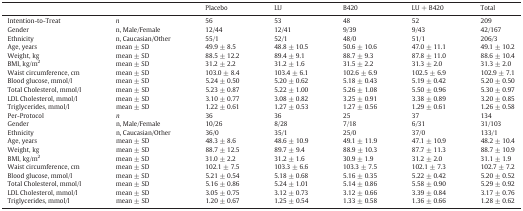
<table><thead><tr><td></td><td></td><td><b>Placebo</b></td><td><b>LU</b></td><td><b>B420</b></td><td><b>LU + B420</b></td><td><b>Total</b></td></tr></thead><tbody><tr><td>Intention-to-Treat</td><td><i>n</i></td><td>56</td><td>53</td><td>48</td><td>52</td><td>209</td></tr><tr><td>Gender</td><td>n, Male/Female</td><td>12/44</td><td>12/41</td><td>9/39</td><td>9/43</td><td>42/167</td></tr><tr><td>Ethnicity</td><td>n, Caucasian/Other</td><td>55/1</td><td>52/1</td><td>48/0</td><td>51/1</td><td>206/3</td></tr><tr><td>Age, years</td><td>mean ± SD</td><td>49.9 ± 8.5</td><td>48.8 ± 10.5</td><td>50.6 ± 10.6</td><td>47.0 ± 11.1</td><td>49.1 ± 10.2</td></tr><tr><td>Weight, kg</td><td>mean ± SD</td><td>88.5 ± 12.2</td><td>89.4 ± 9.1</td><td>88.7 ± 9.3</td><td>87.8 ± 11.0</td><td>88.6 ± 10.4</td></tr><tr><td>BMI, kg/m<sup>2</sup></td><td>mean ± SD</td><td>31.2 ± 2.2</td><td>31.2 ± 1.6</td><td>31.5 ± 2.2</td><td>31.3 ± 2.0</td><td>31.3 ± 2.0</td></tr><tr><td>Waist circumference, cm</td><td>mean ± SD</td><td>103.0 ± 8.4</td><td>103.4 ± 6.1</td><td>102.6 ± 6.9</td><td>102.5 ± 6.9</td><td>102.9 ± 7.1</td></tr><tr><td>Blood glucose, mmol/l</td><td>mean ± SD</td><td>5.24 ± 0.50</td><td>5.20 ± 0.62</td><td>5.18 ± 0.43</td><td>5.19 ± 0.42</td><td>5.20 ± 0.50</td></tr><tr><td>Total Cholesterol, mmol/l</td><td>mean ± SD</td><td>5.23 ± 0.87</td><td>5.22 ± 1.00</td><td>5.26 ± 1.08</td><td>5.50 ± 0.96</td><td>5.30 ± 0.97</td></tr><tr><td>LDL Cholesterol, mmol/l</td><td>mean ± SD</td><td>3.10 ± 0.77</td><td>3.08 ± 0.82</td><td>3.25 ± 0.91</td><td>3.38 ± 0.89</td><td>3.20 ± 0.85</td></tr><tr><td>Triglycerides, mmol/l</td><td>mean ± SD</td><td>1.22 ± 0.61</td><td>1.27 ± 0.53</td><td>1.27 ± 0.56</td><td>1.29 ± 0.61</td><td>1.26 ± 0.58</td></tr><tr><td>Per-Protocol</td><td><i>n</i></td><td>36</td><td>36</td><td>25</td><td>37</td><td>134</td></tr><tr><td>Gender</td><td>n, Male/Female</td><td>10/26</td><td>8/28</td><td>7/18</td><td>6/31</td><td>31/103</td></tr><tr><td>Ethnicity</td><td>n, Caucasian/Other</td><td>36/0</td><td>35/1</td><td>25/0</td><td>37/0</td><td>133/1</td></tr><tr><td>Age, years</td><td>mean ± SD</td><td>48.3 ± 8.6</td><td>48.6 ± 10.9</td><td>49.1 ± 11.9</td><td>47.1 ± 10.9</td><td>48.2 ± 10.4</td></tr><tr><td>Weight, kg</td><td>mean ± SD</td><td>88.7 ± 12.5</td><td>89.7 ± 9.4</td><td>88.9 ± 10.3</td><td>87.7 ± 11.3</td><td>88.7 ± 10.9</td></tr><tr><td>BMI, kg/m<sup>2</sup></td><td>mean ± SD</td><td>31.0 ± 2.2</td><td>31.2 ± 1.6</td><td>30.9 ± 1.9</td><td>31.2 ± 2.0</td><td>31.1 ± 1.9</td></tr><tr><td>Waist circumference, cm</td><td>mean ± SD</td><td>102.1 ± 7.5</td><td>103.3 ± 6.6</td><td>103.3 ± 7.5</td><td>102.1 ± 7.3</td><td>102.7 ± 7.2</td></tr><tr><td>Blood glucose, mmol/l</td><td>mean ± SD</td><td>5.21 ± 0.54</td><td>5.18 ± 0.68</td><td>5.16 ± 0.35</td><td>5.22 ± 0.42</td><td>5.20 ± 0.52</td></tr><tr><td>Total Cholesterol, mmol/l</td><td>mean ± SD</td><td>5.16 ± 0.86</td><td>5.24 ± 1.01</td><td>5.14 ± 0.86</td><td>5.58 ± 0.90</td><td>5.29 ± 0.92</td></tr><tr><td>LDL Cholesterol, mmol/l</td><td>mean ± SD</td><td>3.05 ± 0.75</td><td>3.12 ± 0.73</td><td>3.12 ± 0.66</td><td>3.39 ± 0.84</td><td>3.17 ± 0.76</td></tr><tr><td>Triglycerides, mmol/l</td><td>mean ± SD</td><td>1.20 ± 0.67</td><td>1.25 ± 0.54</td><td>1.33 ± 0.58</td><td>1.36 ± 0.66</td><td>1.28 ± 0.62</td></tr></tbody></table>